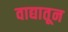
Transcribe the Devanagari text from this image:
वाद्यातून